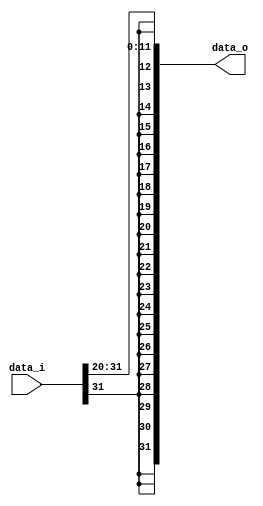
module Sign_Extend (data_i, data_o);

input   [31:0]  data_i;
output  [31:0]  data_o;

wire [11:0] imm; 

assign imm = data_i[31:20];

assign data_o = {{20{imm[11]}}, imm};

endmodule